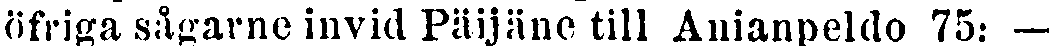
öfriga sågarne invid Päijäne till Anianpeldo 75: —